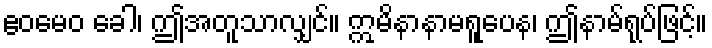
ဧဝမေဝ ခေါ၊ ဤအတူသာလျှင်။ ဣမိနာနာမရူပေန၊ ဤနာမ်ရုပ်ဖြင့်။